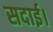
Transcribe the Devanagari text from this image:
सदाई।